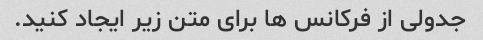
جدولی از فرکانس ها برای متن زیر ایجاد کنید.